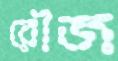
রৌজ